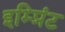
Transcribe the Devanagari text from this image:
इम्‍प्रिंट